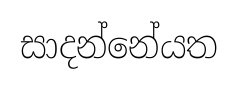
සාදන්නේයත